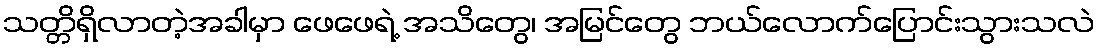
သတ္တိရှိလာတဲ့အခါမှာ ဖေဖေရဲ့ အသိတွေ၊ အမြင်တွေ ဘယ်လောက်ပြောင်းသွားသလဲ